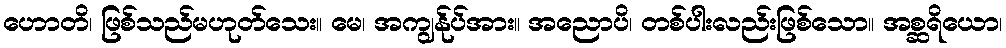
ဟောတိ၊ ဖြစ်သည်မဟုတ်သေး။ မေ၊ အကျွန်ုပ်အား။ အညောပိ၊ တစ်ပါးလည်းဖြစ်သော။ အစ္ဆရိယော၊